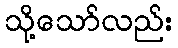
သို့သော်လည်း